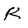
Character: k